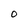
Character: O